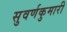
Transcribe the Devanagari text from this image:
सुवर्णकुमारी